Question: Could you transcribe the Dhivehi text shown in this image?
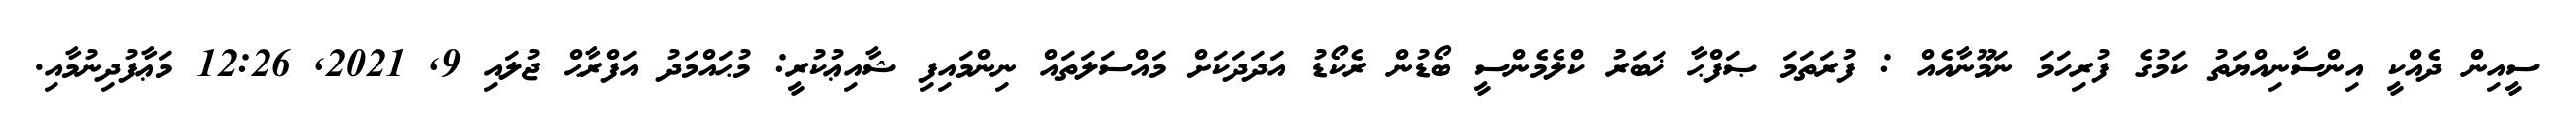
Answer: ސީއިން ދެއްކީ އިންސާނިއްޔަތު ކަމުގެ ފުރިހަމަ ނަމޫނާއެއް : ފުރަތަމަ ޞަފްޙާ ޚަބަރު ކްލެމެންސީ ބޯޑުން ރެކޯޑު އަދަދަކަށް މައްސަލަތައް ނިންމައިފި ޝާއިޢުކުރީ: މުޙައްމަދު އަފްރާޙް ޖުލައި 9, 2021, 12:26 މަޢާފުދިނުމާއި.